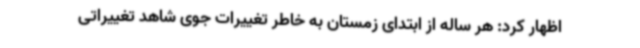
اظهار کرد: هر ساله از ابتدای زمستان به خاطر تغییرات جوی شاهد تغییراتی